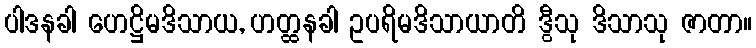
ပါဒနခါ ဟေဋ္ဌိမဒိသာယ, ဟတ္ထနခါ ဥပရိမဒိသာယာတိ ဒွီသု ဒိသာသု ဇာတာ။